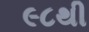
૯૮થી